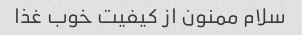
سلام ممنون از کیفیت خوب غذا